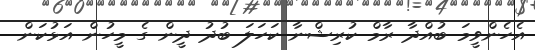
އެހެންވީމަ ބުއްދާ ރާމް ކުރިޝްނާ ކަހަލަ ބުދު ދީން ގެ މީހުން އަޅުކަން